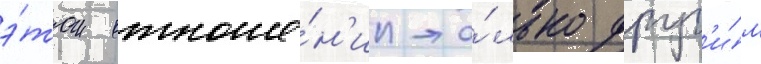
э́том отноше́н'ии то́лько друг'и́м